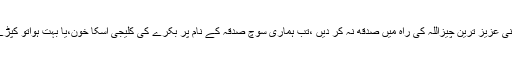
جب ہم جانتے ہیں کہ ہم نیکی کو ہرگز پا نہیں سکتے جب تک کہ اپنی عزیز ترین چیزاللہ کی راہ میں صدقه نہ کر دیں ،تب ہماری سوچ صدقہ کے نام پر بکرے کی کلیجی اسکا خون،یا بہت ہواتو کپڑے ،کھانے ،پیسے ،خیرات کے ہی گرد کیوں چکراتی رہ جاتی ہے ؟